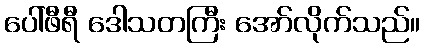
ပေါ်ဖီရီ ဒေါသတကြီး အော်လိုက်သည်။